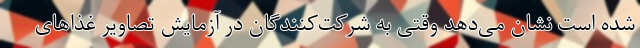
شده است نشان می‌دهد وقتی به شرکت‌کنندگان در آزمایش تصاویر غذاهای